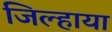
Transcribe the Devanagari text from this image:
जिल्हाया